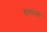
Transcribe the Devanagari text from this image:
डेलोनी